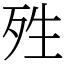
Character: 殅